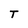
Character: T